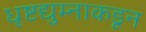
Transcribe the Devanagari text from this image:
धृष्टद्युम्नाकडून